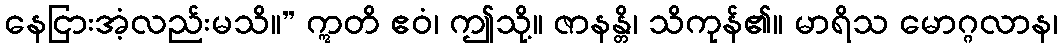
နေငြားအံ့လည်းမသိ။” ဣတိ ဧဝံ၊ ဤသို့။ ဇာနန္တိ၊ သိကုန်၏။ မာရိသ မောဂ္ဂလာန၊